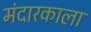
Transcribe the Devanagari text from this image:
मंदारकाला